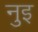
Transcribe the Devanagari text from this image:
नुइ